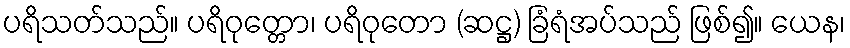
ပရိသတ်သည်။ ပရိဝုတ္တော၊ ပရိဝုတော (ဆဋ္ဌ) ခြံရံအပ်သည် ဖြစ်၍။ ယေန၊